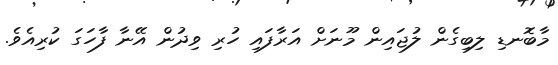
މާބޮނޑި ލިބިގެން ލުޖައިން މޫނަށް އަރާފައި ހުރި ވިދުން އޭނާ ފާހަގަ ކުރިއެވެ.